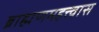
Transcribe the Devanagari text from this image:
ब्राह्मणमहत्त्वास